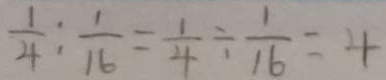
\frac { 1 } { 4 } : \frac { 1 } { 1 6 } = \frac { 1 } { 4 } \div \frac { 1 } { 1 6 } = 4